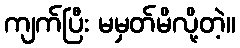
ကျက်ပြီး မမှတ်မိလို့တဲ့။